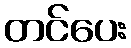
တင်ပေး